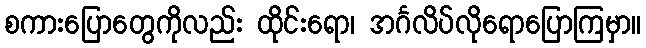
စကားပြောတွေကိုလည်း ထိုင်းရော၊ အင်္ဂလိပ်လိုရောပြောကြမှာ။